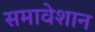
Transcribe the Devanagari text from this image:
समावेशान